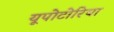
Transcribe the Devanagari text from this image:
यूपोटोरिया